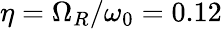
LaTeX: \eta=\Omega_{R}/\omega_{0}=0.12